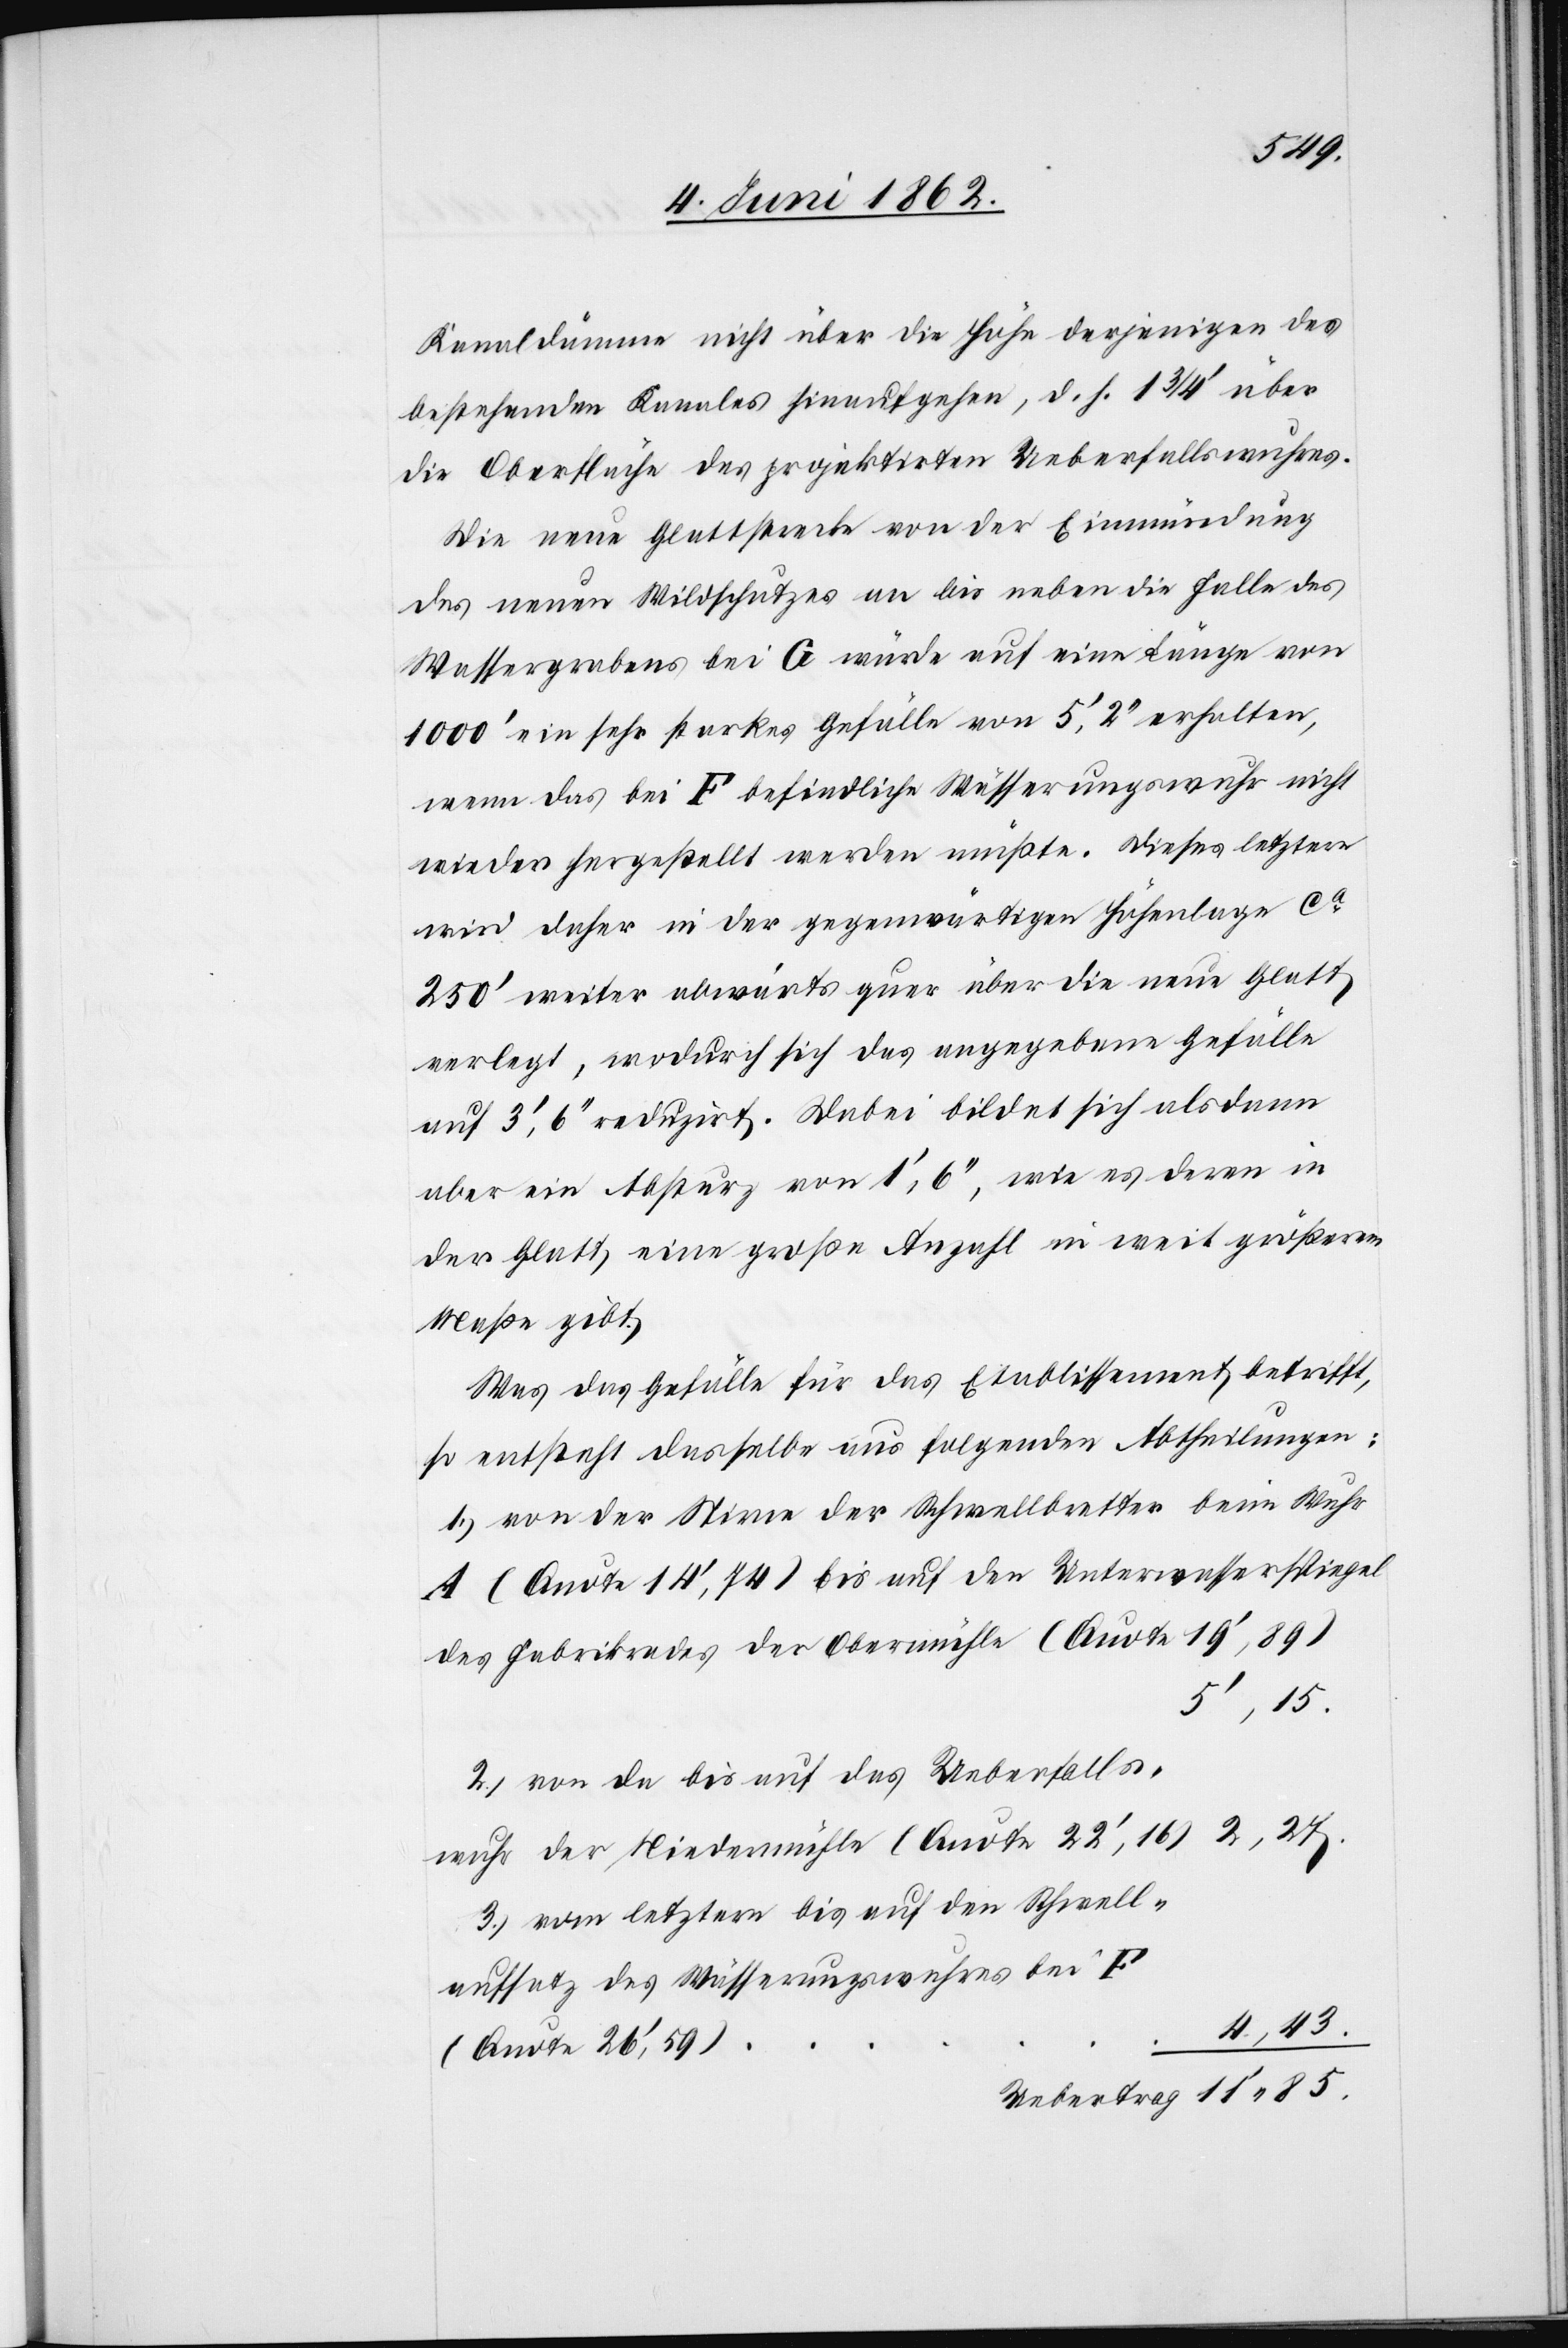
Kanaldämme nicht über die Höhe derjenigen des
bestehenden Kanales hinaufgehen, d. h. 1 3/4’ über
die Oberfläche des projektirten Ueberfallswuhres.
Die neue Glattstrecke von der Einmündung
des neuen Wildschutzes an bis neben die Falle des
Wassergrabens bei G würde auf eine Länge von
1000’ ein sehr starkes Gefälle von 5’ 2’’ erhalten,
wenn das bei F befindliche Wässerungswuhr nicht
wieder hergestellt werden müßte. Dieses letztere
wird daher in der gegenwärtigen Höhenlage ca
250’ weiter abwärts quer über die neue Glatt
verlegt, wodurch sich das angegebene Gefälle
auf 3’,6’’ reduzirt. Dabei bildet sich alsdann
aber ein Absturz von 1’,6’’, wie es deren in
der Glatt, eine große Anzahl in weit größerem
Maße gibt.
Was das Gefälle für das Etablissement betrifft,
so entsteht dasselbe aus folgenden Abtheilungen:
1) von der Stirn der Schwellbretter beim Wuhr
A (Quote 14’,74) bis auf den Unterwasserspiegel
des Fabrikrades der Obermühle (Quote 19’,89)
5’,15.
2) von da bis auf das Ueberfalls¬
wuhr der Niedermühle (Quote 22’.16)
3) vom letztern bis auf den Schwell¬
aufsatz des Wässerungswuhres bei F
4,43.
(Quote 26’,59)